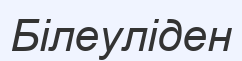
Білеуліден